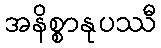
အနိစ္စာနုပဿီ